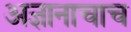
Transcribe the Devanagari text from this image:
अज्ञानाचाच